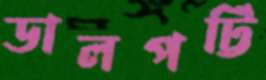
ডালপট্টি